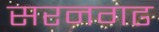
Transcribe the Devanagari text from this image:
सरनगढ